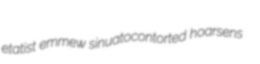
etatist emmew sinuatocontorted hoarsens